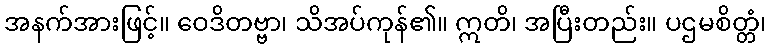
အနက်အားဖြင့်။ ဝေဒိတဗ္ဗာ၊ သိအပ်ကုန်၏။ ဣတိ၊ အပြီးတည်း။ ပဌမစိတ္တံ၊